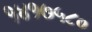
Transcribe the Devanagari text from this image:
१४१७५८०